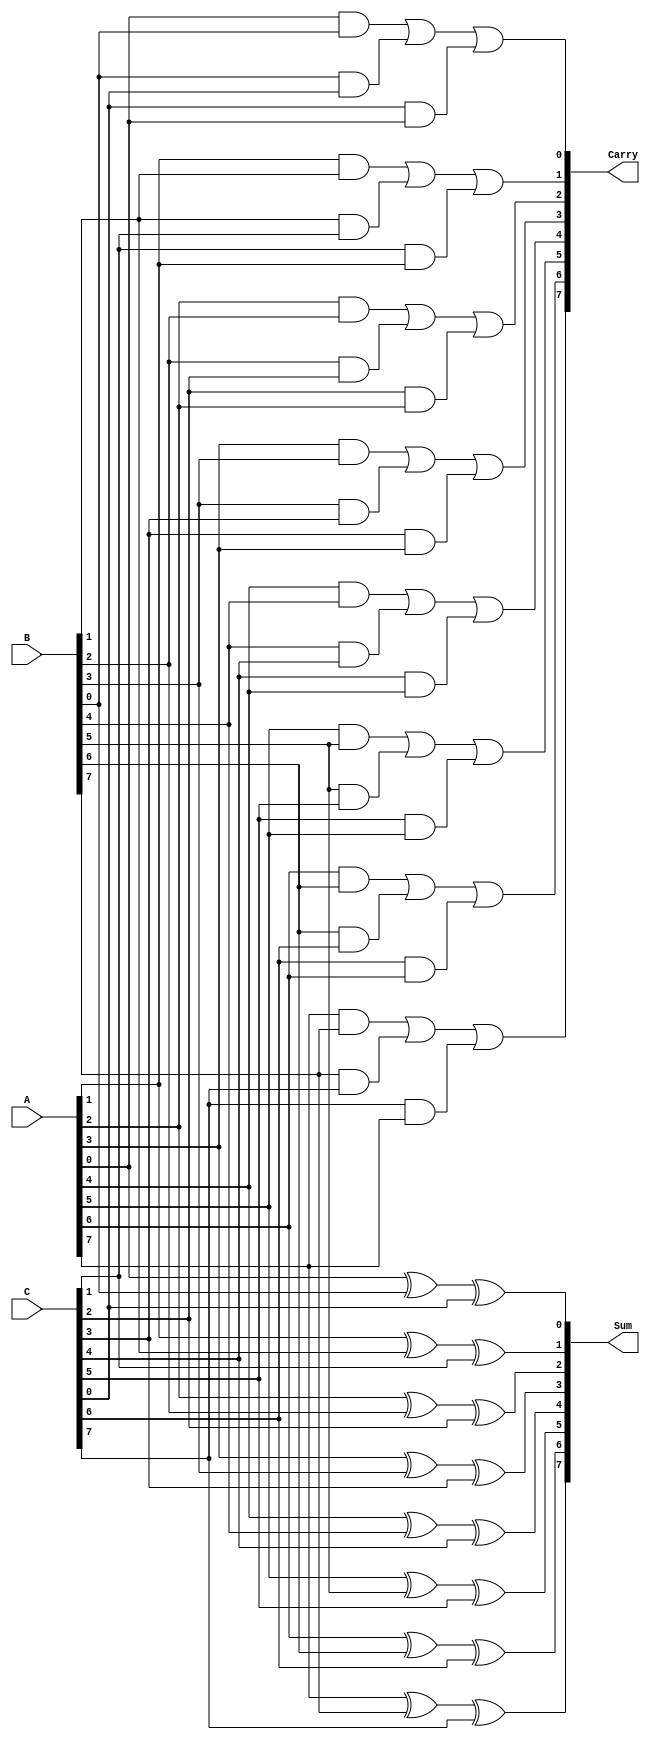
module ParallelCarrySaveAdder #(
    parameter N = 8  // Bit-width of the inputs
)(
    input  [N-1:0] A,  // First input
    input  [N-1:0] B,  // Second input
    input  [N-1:0] C,  // Third input
    output [N-1:0] Sum, // Sum output
    output [N-1:0] Carry // Carry output
);

    // Intermediate wires for carry generation
    wire [N-1:0] carry_temp;

    // Generate sum and carry for each bit
    genvar i;
    generate
        for (i = 0; i < N; i = i + 1) begin : CSA
            // Sum bit calculation using XOR
            assign Sum[i] = A[i] ^ B[i] ^ C[i];

            // Carry bit calculation using AND and OR
            assign carry_temp[i] = (A[i] & B[i]) | (B[i] & C[i]) | (C[i] & A[i]);
        end
    endgenerate

    // Assign the carry output
    assign Carry = carry_temp;

endmodule